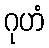
ဂုဟံ